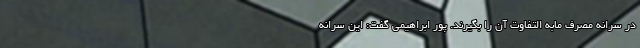
در سرانه مصرف مابه التفاوت آن را بگیرند. پور ابراهیمی گفت: این سرانه